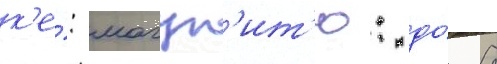
к'е́: магун'ит'ю: до́ 8